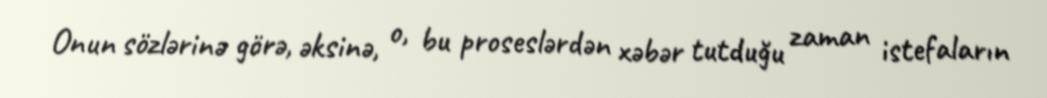
Onun sözlərinə görə, əksinə, o, bu proseslərdən xəbər tutduğu zaman istefaların